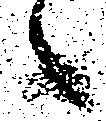
候